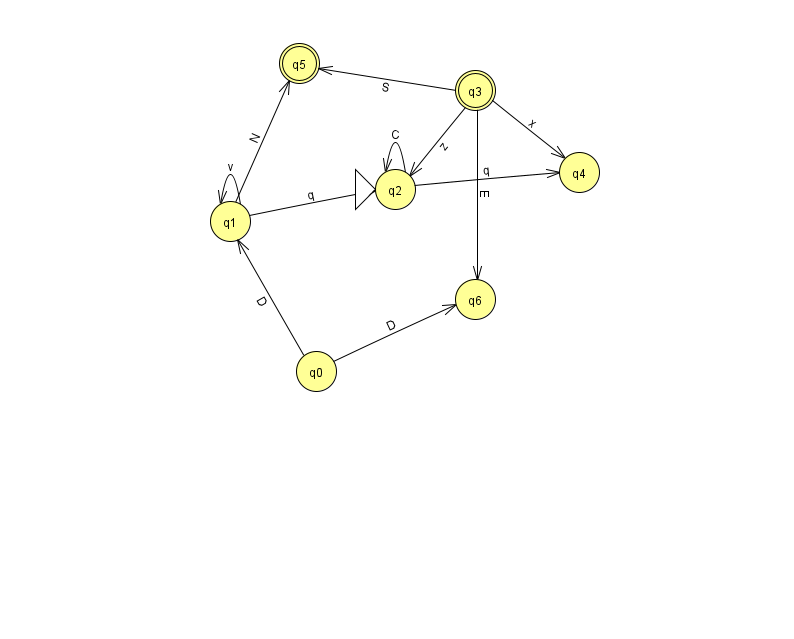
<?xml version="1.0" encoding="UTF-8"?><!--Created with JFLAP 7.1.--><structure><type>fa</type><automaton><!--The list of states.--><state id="0" name="q0"><x>316.0</x><y>358.0</y></state><state id="1" name="q1"><x>230.0</x><y>208.0</y></state><state id="2" name="q2"><x>395.0</x><y>176.0</y><initial/></state><state id="3" name="q3"><x>475.0</x><y>77.0</y><final/></state><state id="4" name="q4"><x>579.0</x><y>159.0</y></state><state id="5" name="q5"><x>299.0</x><y>50.0</y><final/></state><state id="6" name="q6"><x>475.0</x><y>286.0</y></state><!--The list of transitions.--><transition><from>3</from><to>2</to><read>z</read></transition><transition><from>1</from><to>5</to><read>N</read></transition><transition><from>1</from><to>2</to><read>q</read></transition><transition><from>2</from><to>2</to><read>C</read></transition><transition><from>2</from><to>4</to><read>q</read></transition><transition><from>1</from><to>1</to><read>v</read></transition><transition><from>3</from><to>5</to><read>S</read></transition><transition><from>3</from><to>4</to><read>x</read></transition><transition><from>0</from><to>6</to><read>D</read></transition><transition><from>0</from><to>1</to><read>D</read></transition><transition><from>3</from><to>6</to><read>E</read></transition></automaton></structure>